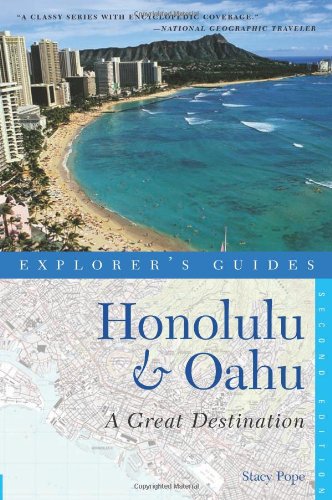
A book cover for Honolulu & Oahu: A Great Destination (Explorer's Guides); Stacy Pope; Travel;